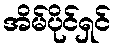
အိမ်ပိုင်ရှင်